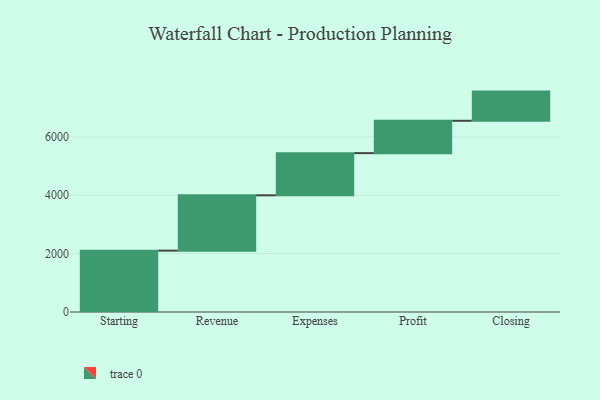
{"axis": {"x": "Step", "y": "Value"}, "legend": [""], "data": [{"x": "Starting", "y": 2103.0, "type": ""}, {"x": "Revenue", "y": 1896.0, "type": ""}, {"x": "Expenses", "y": 1446.0, "type": ""}, {"x": "Profit", "y": 1109.0, "type": ""}, {"x": "Closing", "y": 1000, "type": ""}]}